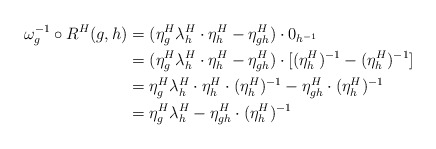
\begin{align*} \omega_g^{-1} \circ R^H(g,h) &= (\eta^H_g\lambda^H_h \cdot \eta^H_h - \eta^H_{gh}) \cdot 0_{h^{-1}} \\ &= (\eta^H_g\lambda^H_h \cdot \eta^H_h - \eta^H_{gh}) \cdot [(\eta^H_h)^{-1} - (\eta^H_h)^{-1}] \\ &= \eta^H_g\lambda^H_h \cdot \eta^H_h \cdot (\eta^H_h)^{-1} - \eta^H_{gh} \cdot (\eta^H_h)^{-1} \\ &= \eta^H_g\lambda^H_h - \eta^H_{gh} \cdot (\eta^H_h)^{-1}\end{align*}